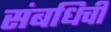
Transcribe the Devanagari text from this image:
संबधिची